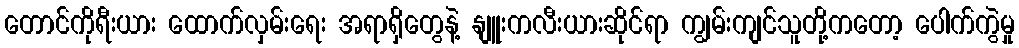
တောင်ကိုရီးယား ထောက်လှမ်းရေး အရာရှိတွေနဲ့ နျူးကလီးယားဆိုင်ရာ ကျွမ်းကျင်သူတို့ကတော့ ပေါက်ကွဲမှု